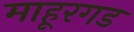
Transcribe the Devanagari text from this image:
माहूरगड